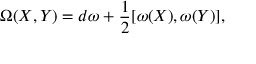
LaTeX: \Omega ( X , Y ) = d \omega + \frac { 1 } { 2 } [ \omega ( X ) , \omega ( Y ) ] ,